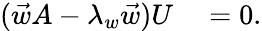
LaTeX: \begin{array}{rl}{(\vec{w}A-\lambda_{w}\vec{w})U}&{{}=0.}\end{array}